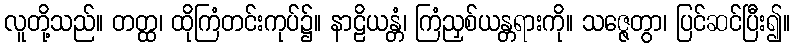
လူတို့သည်။ တတ္ထ၊ ထိုကြံတင်းကုပ်၌။ နာဠိယန္တံ၊ ကြံညှစ်ယန္တရားကို။ သဇ္ဇေတွာ၊ ပြင်ဆင်ပြီး၍။